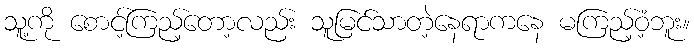
သူ့ကို စောင့်ကြည့်တော့လည်း သူမြင်သာတဲ့နေရာကနေ မကြည့်ဝံ့ဘူး။